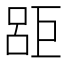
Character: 𱜗